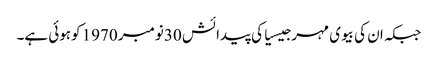
جبکہ ان کی بیوی مہر جیسیاکی پیدائش 30نومبر 1970 کوہوئی ہے۔